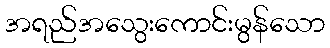
အရည်အသွေးကောင်းမွန်သော